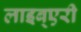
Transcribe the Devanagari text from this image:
लाइब्एरी